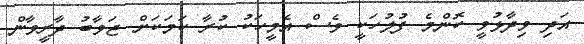
އަދި ވިދާޅުވީ ކޮންމެ ފުލުހަކީ ވެސް އެމީހަކު ކުރާ ކަމަކަށް ޖަވާބު ދާރީވާން